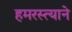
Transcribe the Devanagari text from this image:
हमरस्त्याने